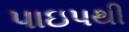
પાઇપથી